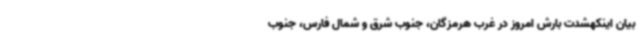
بیان اینکهشدت بارش امروز در غرب هرمزگان، جنوب شرق و شمال فارس، جنوب